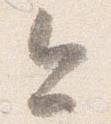
今